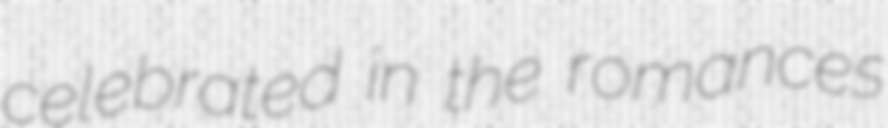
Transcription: celebrated in the romances